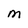
Character: M